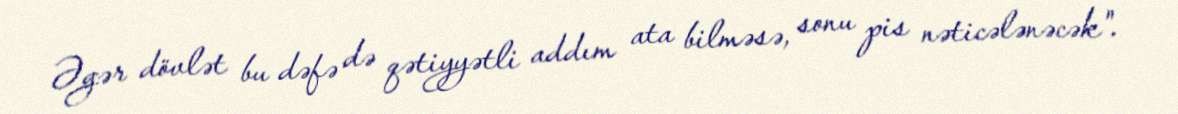
Əgər dövlət bu dəfə də qətiyyətli addım ata bilməsə, sonu pis nəticələnəcək".